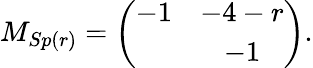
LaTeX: M_{Sp(r)}=\left(\begin{array}{cc}{{-1}}&{{-4-r}}\\ {{}}&{{-1}}\end{array}\right).